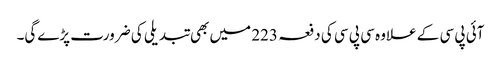
آئی پی سی کے علاوہ سی پی سی کی دفعہ 223 میں بھی تبدیلی کی ضرورت پڑے‌گی۔